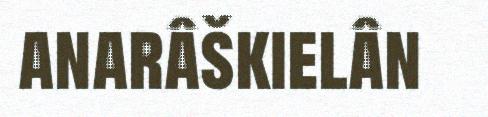
anarâškielân